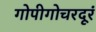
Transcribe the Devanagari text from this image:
गोपीगोचरदूरं